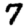
Digit: 7